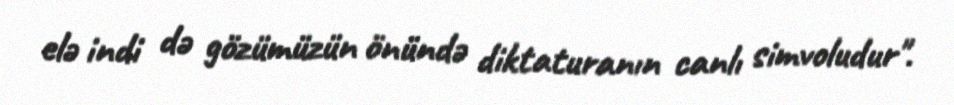
elə indi də gözümüzün önündə diktaturanın canlı simvoludur".